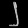
Digit: ၂